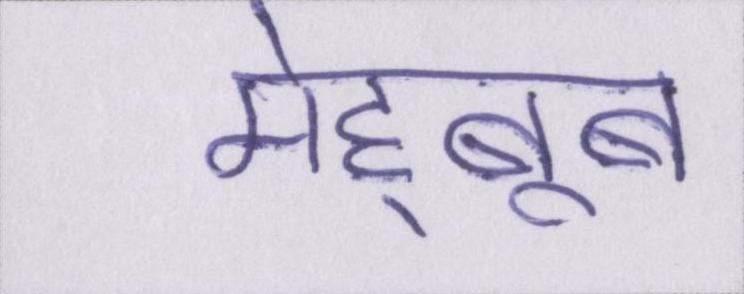
मेह्बूब